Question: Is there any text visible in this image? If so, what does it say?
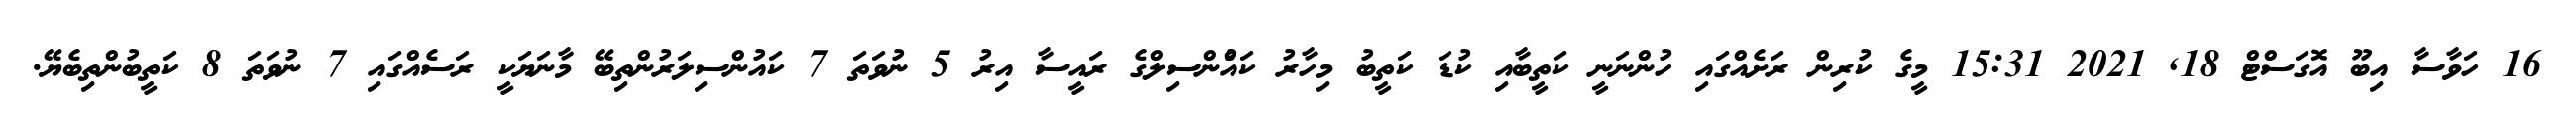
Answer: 16 ހަވާސާ އިބޫ އޮގަސްޓް 18, 2021 15:31 މީގެ ކުރިން ރަށެއްގައި ހުންނަނީ ކަތީބާއި ކުޑަ ކަތީބު މިހާރު ކައުްންސިލްގެ ރައީސާ އިރު 5 ނުވަތަ 7 ކައުންސިލަރުންތިބޭ މާނަޔަކީ ރަސެއްގައި 7 ނުވަތަ 8 ކަތީބުންތިބެޔޭ.